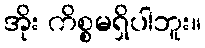
အိုး ကိစ္စမရှိပါဘူး။